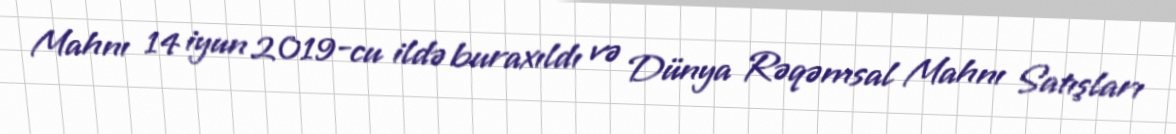
Mahnı 14 iyun 2019-cu ildə buraxıldı və Dünya Rəqəmsal Mahnı Satışları